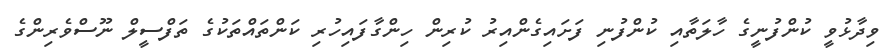
ވިދާޅުވީ ކުންފުނީގެ ހާލަތާއި ކުންފުނި ފަށައިގެންއިރު ކުރިން ހިންގާފައިހުރި ކަންތައްތަކުގެ ތަފްސީލް ނޫސްވެރިންގެ